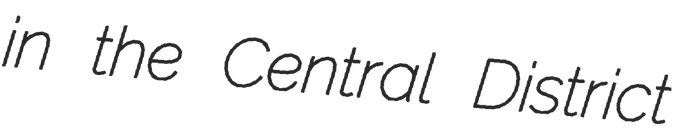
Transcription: in the Central District